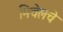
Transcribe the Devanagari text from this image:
मिचेलचे